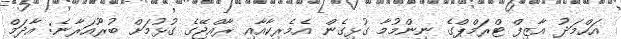
އަހްމަދު އާޒިފް ޓްރަމްޕްގެ ނިންމުމާ ގުޅިގެން އެމެރިކާއާއި ރާއްޖޭގެ ގުޅުމަށް ބުރޫއަރާނެ: އާދަމް